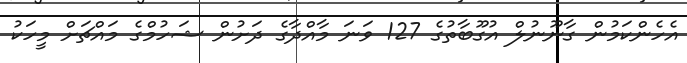
އެހެންކަމުން ގާނޫނުލް އުގޫބާތުގެ 127 ވަނަ މާއްދާގެ ދަށުން ޝަހުމްގެ މައްޗަށް މީހަކު